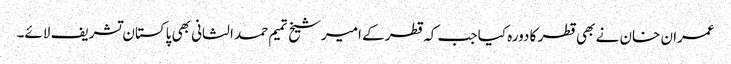
عمران خان نے بھی قطر کا دورہ کیا جب کہ قطر کے امیرشیخ تمیم حمد الثانی بھی پاکستان تشریف لائے۔